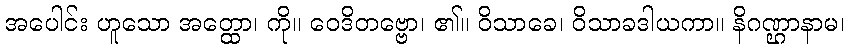
အပေါင်း ဟူသော အတ္ထော၊ ကို။ ဝေဒိတဗ္ဗော၊ ၏။ ဝိသာခေ၊ ဝိသာခဒါယကာ။ နိဂဏ္ဌာနာမ၊